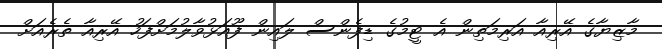
މާޒިޔާގެ އޭރިއާ އަރިމަތިން އެ ޓީމުގެ ޑިފެންސް ލައިން ފޫއަޅުވާލުމަށްފަހު އޭރިއާ ތެރެއަށް